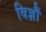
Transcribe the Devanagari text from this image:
विज्ञौं